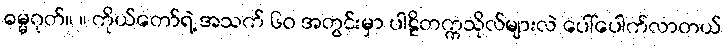
ဓမ္မဂုတ်။ ။ ကိုယ်တော်ရဲ့ အသက် ၆၀ အတွင်းမှာ ပါဠိတက္ကသိုလ်များလဲ ပေါ်ပေါက်လာတယ်